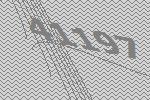
41197